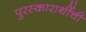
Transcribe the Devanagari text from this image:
पुरस्कारार्थीची